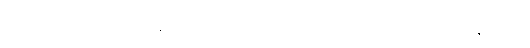
လွတ်လပ်ရေးရတဲ့အချိန်မှာ ပြည်တွင်းစစ်ဖြစ်ပြီး ဒီမိုကရေစီစနစ်က နာမည်ခံပဲ